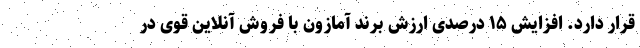
قرار دارد. افزایش ۱۵ درصدی ارزش برند آمازون با فروش آنلاین قوی در